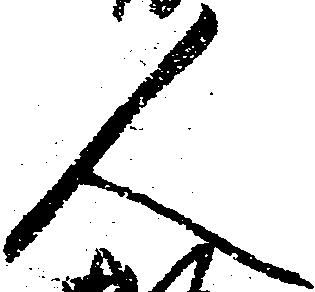
人